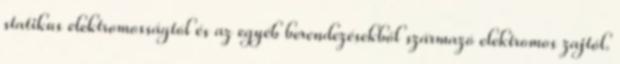
statikus elektromosságtól és az egyéb berendezésekből származó elektromos zajtól.